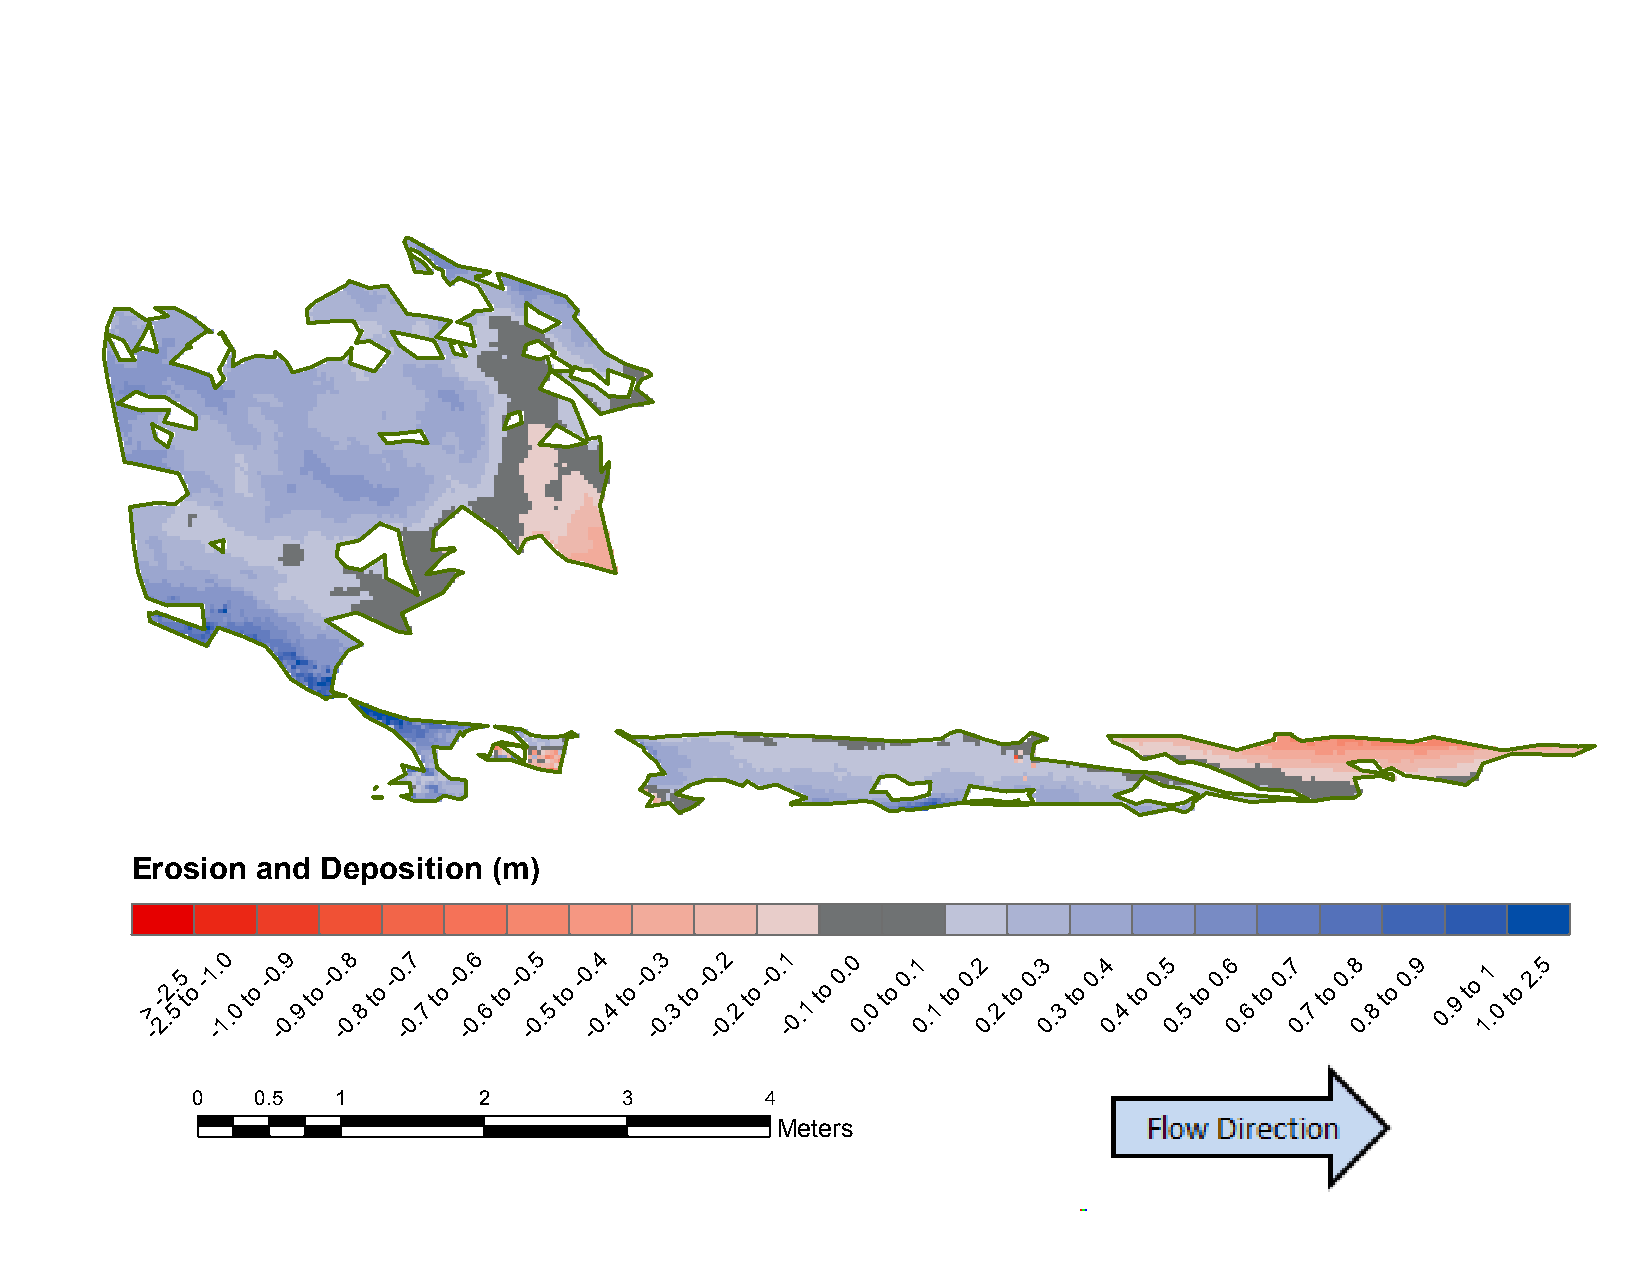
B15:     November           2012    to   November          2015
 Erosion and Deposition  (m)
 >
 -
 -
 2.2.
 5
 5
 t
 o
 -1 -. 10
 .0
 to
 -0 -. 09
 .9
 to
 -0 -. 08
 .8
 to
 -0 -. 07
 .7
 to
 -0 -. 06
 .6
 to
 -0 -. 05
 .5
 to
 -0 -. 04
 .4
 to
 -0 -. 03
 .3
 to
 -0 -. 02
 .2
 to
 -0. -1
 0.1
 to
 0. 0
 0.
 0
 to
 0.1
 0
 .1
 to
 0.2
 0
 .2
 to
 0.3
 0
 .3
 to
 0.4
 0.
 4
 to
 0.5
 0.
 5
 to
 0.6
 0.
 6
 to
 0.7
 0.
 7
 to
 0.8
 0.
 8
 to
 0.9
 0. 9
 to
 11
 .0
 to
 2.5
 0   0.5  1         2        3         4
 Meters